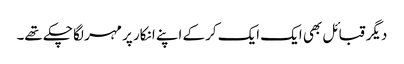
دیگر قبائل بھی ایک ایک کرکے اپنے انکار پر مہر لگا چکے تھے۔